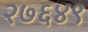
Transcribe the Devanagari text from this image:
२७६४९